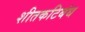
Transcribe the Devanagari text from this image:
शीतकटिबंध